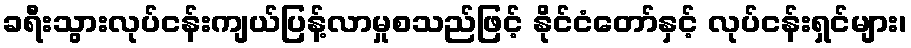
ခရီးသွားလုပ်ငန်းကျယ်ပြန့်လာမှုစသည်ဖြင့် နိုင်ငံတော်နှင့် လုပ်ငန်းရှင်များ၊